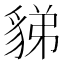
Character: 𧳋